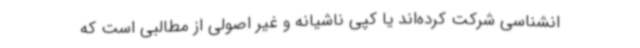
انشناسی شرکت کرده‌اند یا کپی ناشیانه و غیر اصولی از مطالبی است که